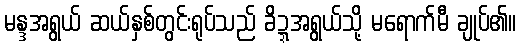
မန္ဒအရွယ် ဆယ်နှစ်တွင်းရုပ်သည် ခိဍ္ဍအရွယ်သို့ မရောက်မီ ချုပ်၏။